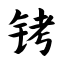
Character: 铐